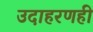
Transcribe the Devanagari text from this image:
उदाहरणही